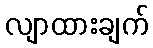
လျာထားချက်